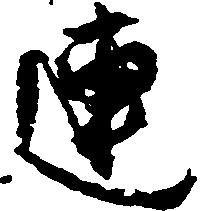
連